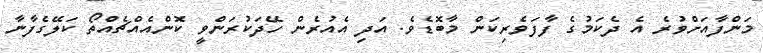
މަންފާއަށްވުރެ އެ ދެކަމުގެ ފާފަވެރިކަން މާބޮޑެވެ. އަދި އެއުރެން ހޭދަކުރަންވީ ކޮންއެއްޗެއްތޯ ކަލޭގެފާނާ